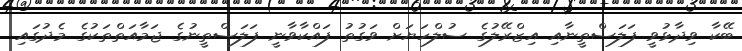
ބޭކާ ވިދާޅުވީ ފަލަސްތީނާއި އިޒްރޭލުގެ ސުލްހަޔަށް ވަގުތު ފައްކާވާނީ ފަލަސްތީނުގެ ޖަމާއަތްތަކުގެ މެދުގައި